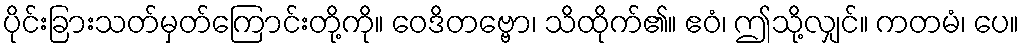
ပိုင်းခြားသတ်မှတ်ကြောင်းတို့ကို။ ဝေဒိတဗ္ဗော၊ သိထိုက်၏။ ဧဝံ၊ ဤသို့လျှင်။ ကတမံ၊ ပေ။